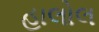
હાલોલ